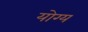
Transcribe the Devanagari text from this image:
योग्य